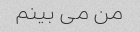
من می بینم